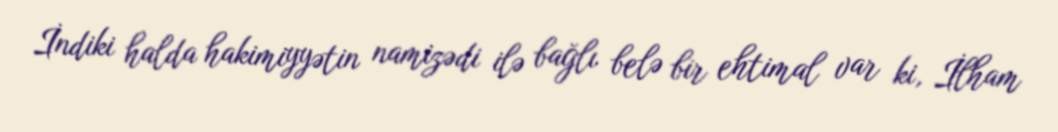
İndiki halda hakimiyyətin namizədi ilə bağlı belə bir ehtimal var ki, İlham